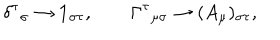
\delta ^ { \tau } { } _ { \sigma } \rightarrow \mathbf { 1 } _ { \sigma \tau } , \qquad \Gamma ^ { \tau } { } _ { \mu \sigma } \rightarrow ( A _ { \mu } ) _ { \sigma \tau } ,